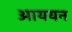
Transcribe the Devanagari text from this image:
आययन